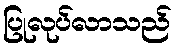
ပြုလုပ်လာသည်